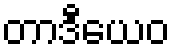
တာဒီယေဝ